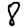
Digit: 8